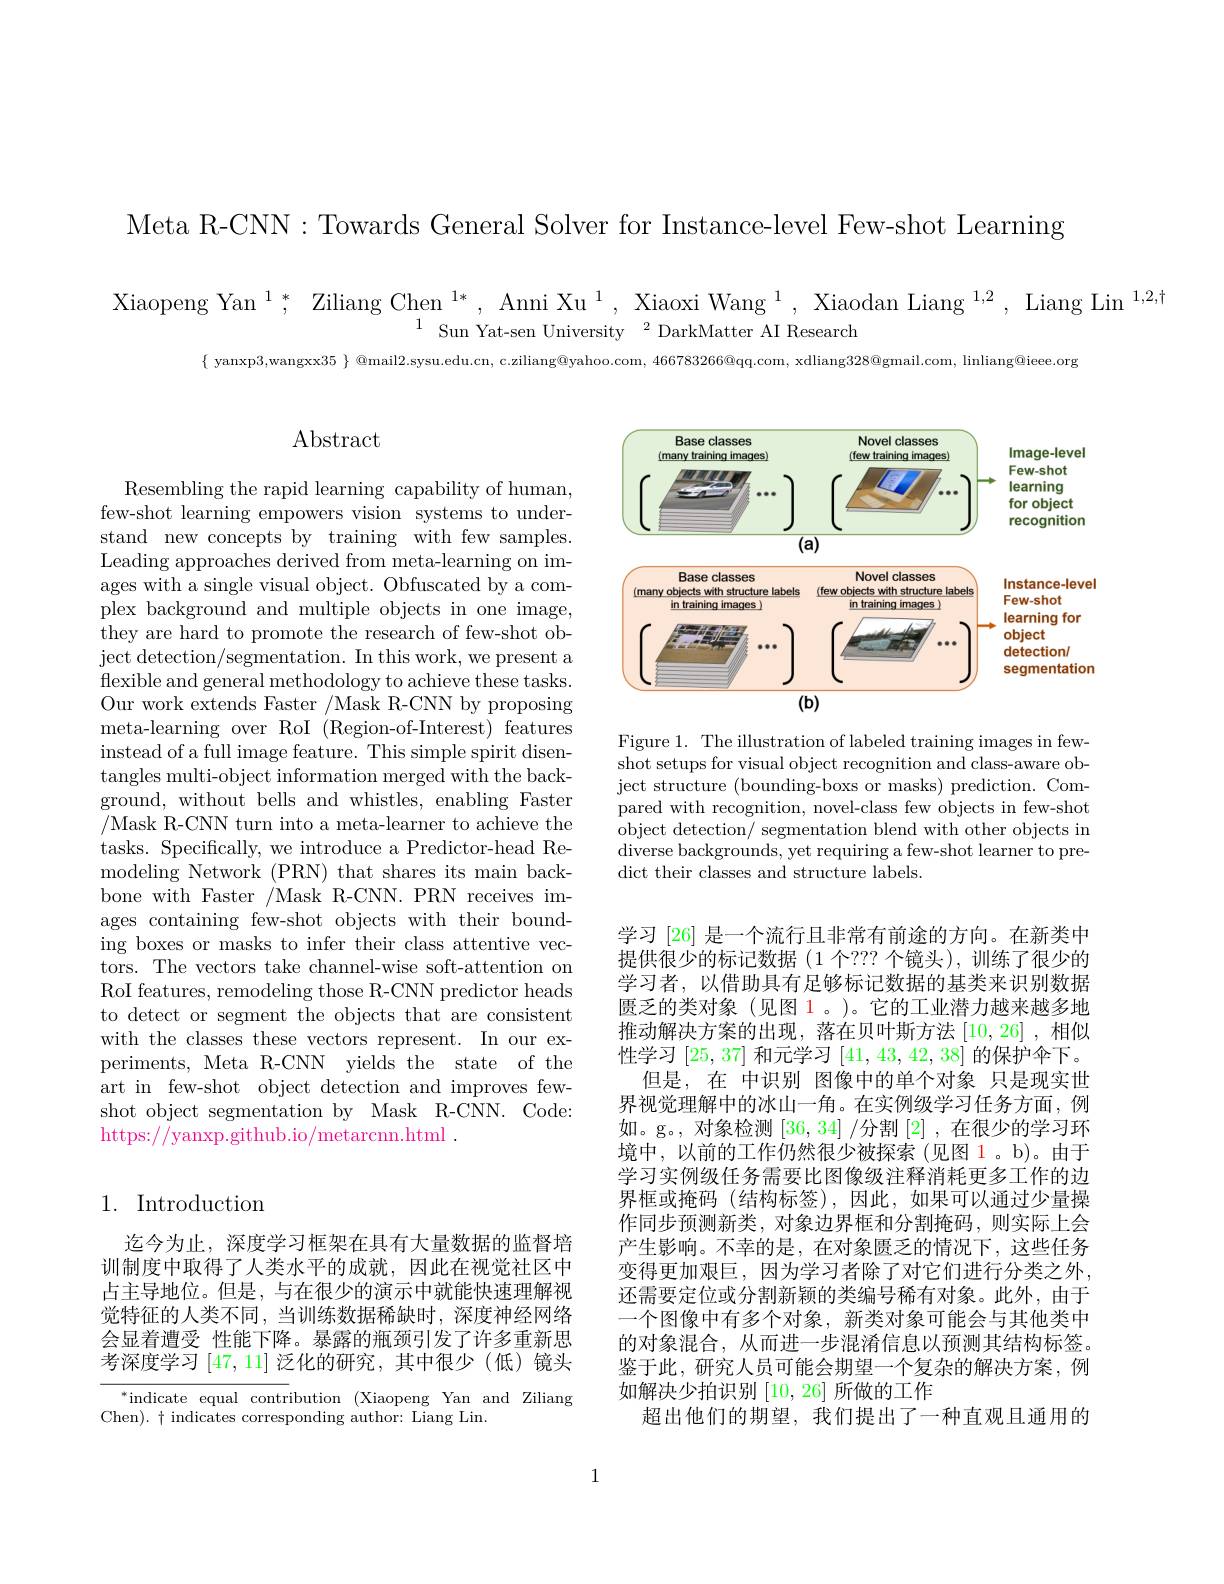
Meta R-CNN: Towards General Solver for Instance-level Few-shot Learning

Xiaopeng Yan $^1;^*$ Ziliang Chen $^{1*},\text{ Anni Xu}^1,\text{ Xiaoxi Wang}^1,\text{ Xiaodan Liang}^{1,2},\text{ Liang Lin}^{1,2,\dagger}$
$1{\mathrm{~Sun~Yat-sen~University~2~DarkMatter~AI~Research}}$

$\{$ yanxp3,wangxx$35\}$ @mail2.sysu.edu.cn, c.ziliang@yahoo.com, $466783266@$qq.com, xdliang$328@$gmail.com, linliang$@$ieee.org

# $\operatorname{Abstract}$

<FigureHere>

Figure 1. The illustration of labeled training images in fewshot setups for visual object recognition and class-aware object structure (bounding-boxs or masks) prediction. Compared with recognition, novel-class few objects in few-shot object detection/ segmentation blend with other objects in diverse backgrounds, yet requiring a few-shot learner to predict their classes and structure labels.

Resembling the rapid learning capability of human, few-shot learning empowers vision systems to understand new concepts by training with few samples. Leading approaches derived from meta-learning on images with a single visual object. Obfuscated by a complex background and multiple objects in one image, they are hard to promote the research of few-shot ob- $\begin{array}{cc}\text{ject detection/segmentation. In this work, we present a}\end{array}$ flexible and general methodology to achieve these tasks. Our work extends Faster /Mask R-CNN by proposing meta-learning over RoI (Region-of-Interest) features instead of a full image feature. This simple spirit disentangles multi-object information merged with the background, without bells and whistles, enabling Faster /Mask R-CNN turn into a meta-learner to achieve the tasks. Specifically, we introduce a Predictor-head Remodeling Network (PRN) that shares its main backbone with Faster /Mask R-CNN. PRN receives images containing few-shot objects with their bounding boxes or masks to infer their class attentive vectors. The vectors take channel-wise soft-attention on RoI features, remodeling those R-CNN predictor heads to detect or segment the objects that are consistent with the classes these vectors represent. In our experiments, Meta R-CNN yields the state of the art in few-shot object detection and improves fewshot object segmentation by Mask R-CNN. Code: https://yanxp.github.io/metarcnn.html .

学习 [26] 是一个流行且非常有前途的方向。在新类中提供很少的标记数据(1 个？?? 个镜头),训练了很少的学习者，以借助具有足够标记数据的基类来识别数据匮乏的类对象(见图 1。)。它的工业潜力越来越多地推动解决方案的出现，落在贝叶斯方法[10,26] ,相似性学习[25,37]和元学习[41,43,42,38]的保护伞下。
但是，在 中识别 图像中的单个对象 只是现实世界视觉理解中的冰山一角。在实例级学习任务方面，例如。g。, 对象检测 $[36,34]\not$分割 [2] ,在很少的学习环境中，以前的工作仍然很少被探索(见图 1。b)。由于学习实例级任务需要比图像级注释消耗更多工作的边界框或掩码 (结构标签),因此，如果可以通过少量操作同步预测新类，对象边界框和分割掩码，则实际上会产生影响。不幸的是，在对象匮乏的情况下，这些任务变得更加艰巨，因为学习者除了对它们进行分类之外， 还需要定位或分割新颖的类编号稀有对象。此外，由于一个图像中有多个对象，新类对象可能会与其他类中的对象混合，从而进一步混淆信息以预测其结构标签。鉴于此，研究人员可能会期望一个复杂的解决方案，例如解决少拍识别[10,26]所做的工作
超出他们的期望，我们提出了一种直观且通用的

# 1. Introduction

迄今为止，深度学习框架在具有大量数据的监督培训制度中取得了人类水平的成就，因此在视觉社区中占主导地位。但是，与在很少的演示中就能快速理解视觉特征的人类不同，当训练数据稀缺时，深度神经网络会显着遭受 性能下降。暴露的瓶颈引发了许多重新思考深度学习[47,11]泛化的研究，其中很少(低)镜头

$^*$indicate equal contribution (Xiaopeng Yan and Ziliang
Chen). $\dagger$ indicates corresponding author: Liang Lin.

1